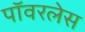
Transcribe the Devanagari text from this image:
पॉवरलेस